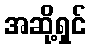
အဆို့ရှင်